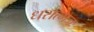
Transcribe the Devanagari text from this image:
धरात्मजः